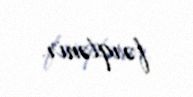
fərqlənir.